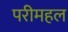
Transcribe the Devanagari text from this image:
परीमहल